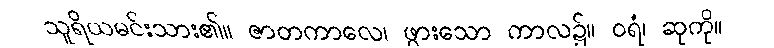
သူရိယမင်းသား၏။ ဇာတကာလေ၊ ဖွားသော ကာလ၌။ ဝရံ၊ ဆုကို။